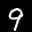
Label: 9